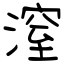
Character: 潌